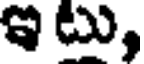
ఇ టు,